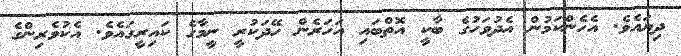
ދިޔައެވެ. އެހެންކަމުން އެދުވަހުގެ ބާކީ އޮތްބައި އަހަރެން ހޭދަކުރީ ނީމާގެ ކައިރީގައެވެ. އެކުވެރިންގެ